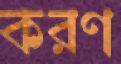
করণ